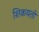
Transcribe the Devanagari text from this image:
शिकयतों